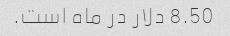
8.50 دلار در ماه است.